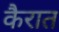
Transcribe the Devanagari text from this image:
कैरात